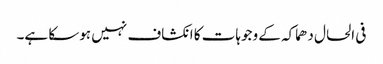
فی الحال دھماکہ کے وجوہات کا انکشاف نہیں ہوسکا ہے۔